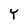
Character: Y